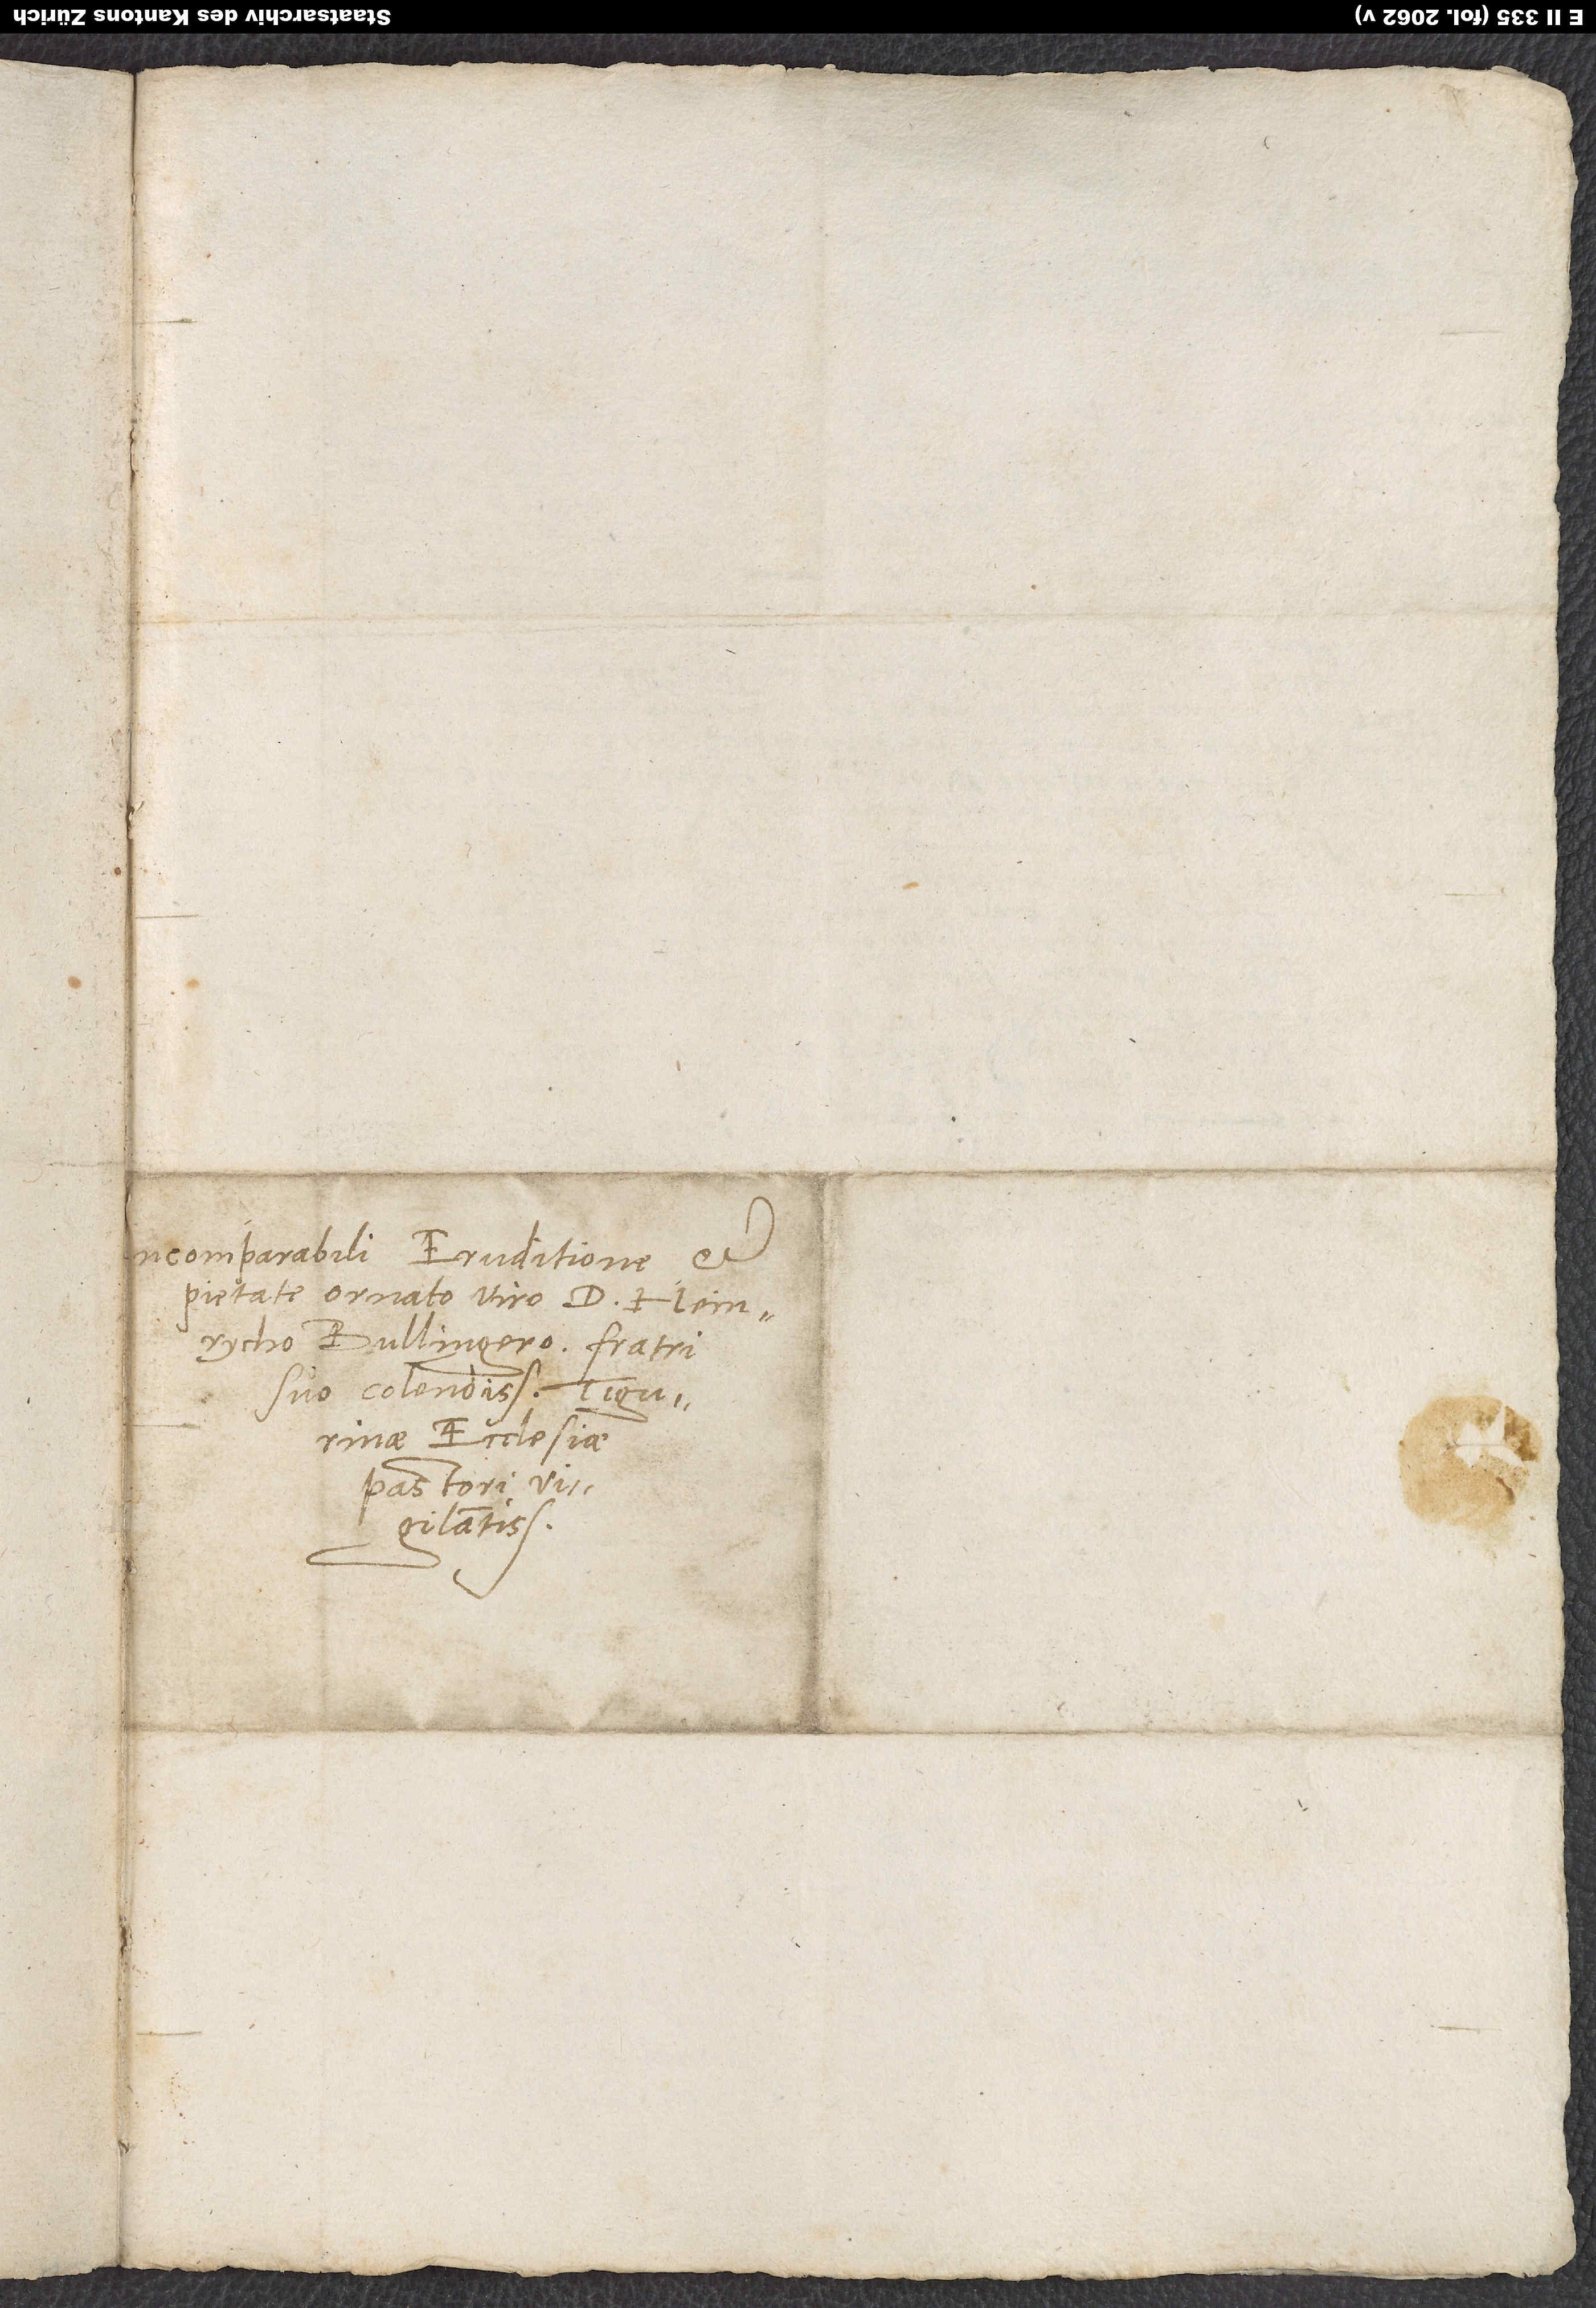
Incomparabili eruditione et
pietate ornato viro d. Heinrycho
Bullingero, fratri
suo colendissimo, Tigurinae
pastori
vigilantissimo.